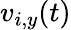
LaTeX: v_{i,y}(t)